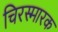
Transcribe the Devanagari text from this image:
चिरस्मारक